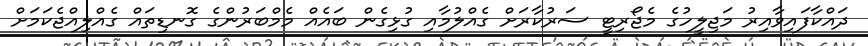
ދައްކާފައިވާއިރު މަޖިލީހުގެ މެޖޯރިޓީ ސަރުކާރަށް ގެއްލުމާއި ގުޅިގެން ބައެއް މެމްބަރުންގެ ގޮނޑިތައް ގެއްލިއްޖެކަމަށް